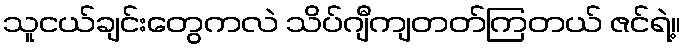
သူငယ်ချင်းတွေကလဲ သိပ်ဂျီကျတတ်ကြတယ် ဇင်ရဲ့။